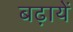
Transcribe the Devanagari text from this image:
बढ़ायें